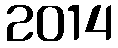
2014